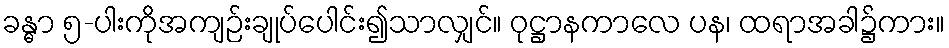
ခန္ဓာ ၅-ပါးကိုအကျဉ်းချုပ်ပေါင်း၍သာလျှင်။ ဝုဋ္ဌာနကာလေ ပန၊ ထရာအခါ၌ကား။